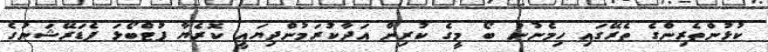
ކުޅުންތެރިންގެ ތެރޭގައި ހިމެނުނު ބޯ މީގެ ކުރިން އަދާކުރަމުންދިޔައީ ކޮރެޔާ ފުޓްބޯޅަ ފެޑަރޭޝަނުގެ